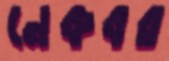
নেকবর